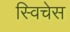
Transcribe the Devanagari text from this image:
स्विचेस